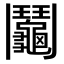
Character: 鬮